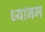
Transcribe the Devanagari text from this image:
ध्यानम